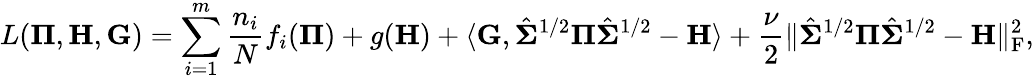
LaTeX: L(\boldsymbol{\Pi},\mathbf{H},\mathbf{G})=\sum_{i=1}^{m}\frac{n_{i}}{N}f_{i}(\boldsymbol{\Pi})+g(\mathbf{H})+\langle\mathbf{G},\hat{\boldsymbol{\Sigma}}^{1/2}\boldsymbol{\Pi}\hat{\boldsymbol{\Sigma}}^{1/2}-\mathbf{H}\rangle+\frac{\nu}{2}\| \hat{\boldsymbol{\Sigma}}^{1/2}\boldsymbol{\Pi}\hat{\boldsymbol{\Sigma}}^{1/2}-\mathbf{H}\| _{\mathrm{F}}^{2},